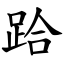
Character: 跲